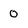
Character: 0